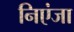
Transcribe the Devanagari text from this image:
निएंजा